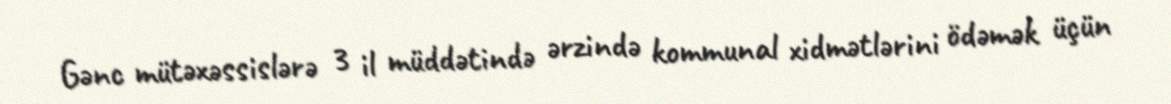
Gənc mütəxəssislərə 3 il müddətində ərzində kommunal xidmətlərini ödəmək üçün